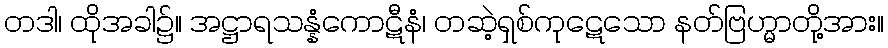
တဒါ၊ ထိုအခါ၌။ အဋ္ဌာရသန္နံကောဋီနံ၊ တဆဲ့ရှစ်ကုဋေသော နတ်ဗြဟ္မာတို့အား။